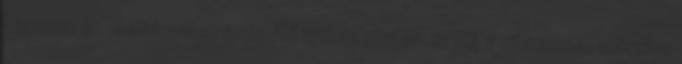
hiszem, ez méltánylást érdemlő igény. 185.10.127.43 vita 2014. március